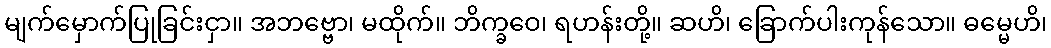
မျက်မှောက်ပြုခြင်းငှာ။ အဘဗ္ဗော၊ မထိုက်။ ဘိက္ခဝေ၊ ရဟန်းတို့။ ဆဟိ၊ ခြောက်ပါးကုန်သော။ ဓမ္မေဟိ၊